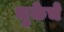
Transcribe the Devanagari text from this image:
भुकेचे